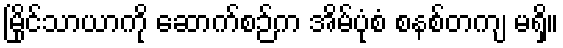
မြိုင်သာယာကို ဆောက်စဉ်က အိမ်ပုံစံ စနစ်တကျ မရှိ။